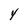
Character: y